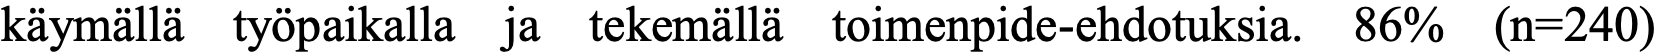
käymällä työpaikalla ja tekemällä toimenpide-ehdotuksia. 86% (n=240)